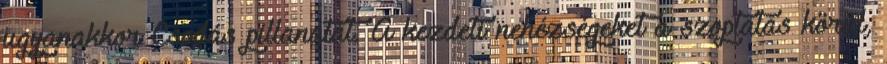
ugyanakkor Csodás pillanatát. A kezdeti nehézségeket a szoptatás körül,